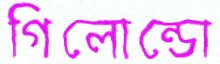
গিলোন্ডো